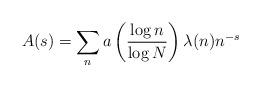
LaTeX: \begin{align*} A(s)=\sum_n a\left(\frac{\log{n}}{\log{N}}\right)\lambda(n)n^{-s}\end{align*}